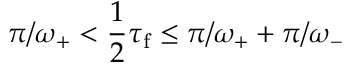
\pi / \omega _ { + } < \frac { 1 } { 2 } \tau _ { \mathrm { f } } \leq \pi / \omega _ { + } + \pi / \omega _ { - }